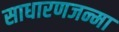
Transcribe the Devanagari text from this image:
साधारणजन्मा